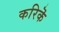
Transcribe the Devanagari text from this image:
करिकॆ